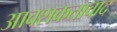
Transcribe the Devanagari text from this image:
आवशकतावाद